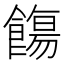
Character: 𩞃